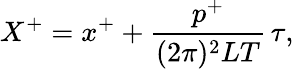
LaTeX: X^{+}=x^{+}+\frac{p^{+}}{(2\pi)^{2}LT}\, \tau,